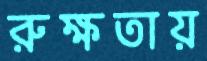
রুক্ষতায়